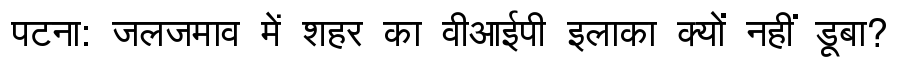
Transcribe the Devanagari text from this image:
पटना: जलजमाव में शहर का वीआईपी इलाका क्यों नहीं डूबा?